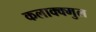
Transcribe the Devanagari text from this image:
कलाक्क्मुल